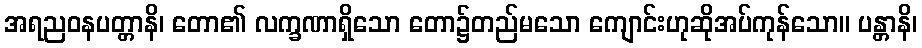
အရညဝနပတ္တာနိ၊ တော၏ လက္ခဏာရှိသော တော၌တည်မသော ကျောင်းဟုဆိုအပ်ကုန်သော။ ပန္တာနိ၊